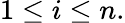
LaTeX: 1\leq i\leq n.